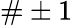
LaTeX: \# \pm 1